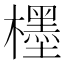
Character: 𣞪